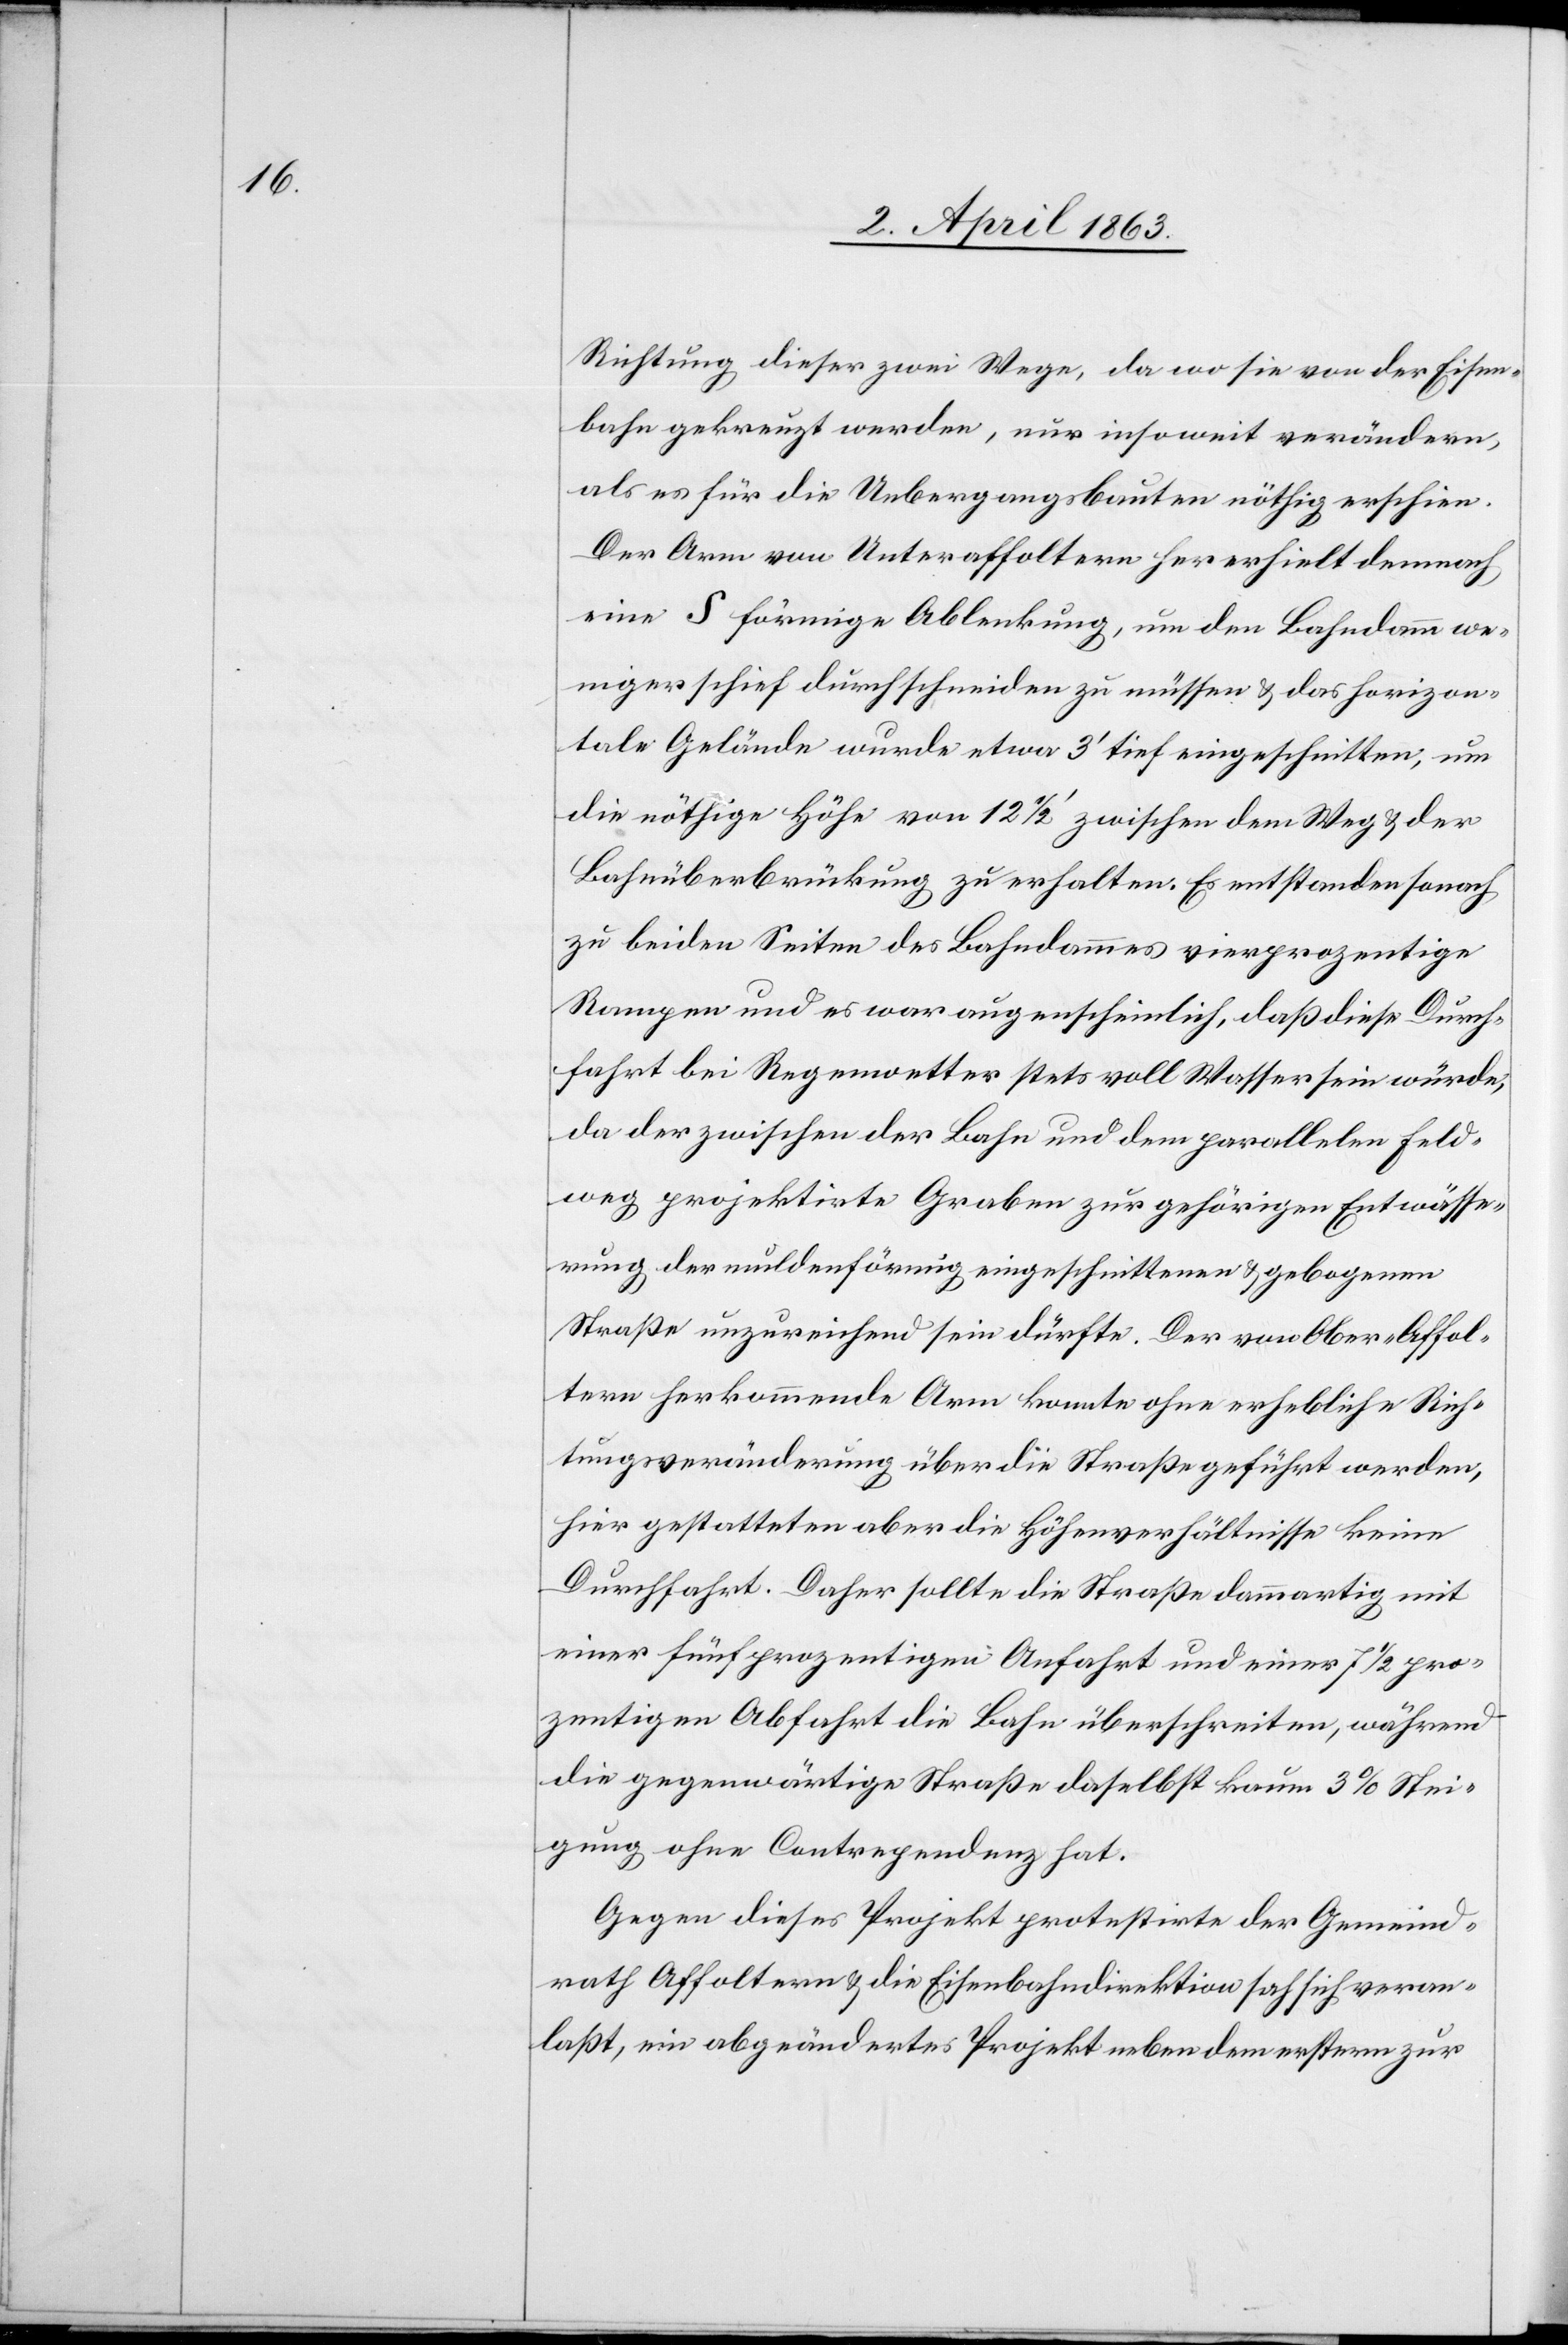
Richtung dieser zwei Wege, da wo sie von der Eisen¬
bahn gekreuzt werden, nur insoweit verändern,
als es für die Uebergangsbauten nöthig erschien.
Der Arm von Unteraffoltern her erhielt demnach
eine S förmige Ablenkung, um den Bahndamm we¬
niger schief durchschneiden zu müssen & das horizon¬
tale Gelände wurde etwa 3' tief eingeschnitten, um
die nöthige Höhe von 12 1/2' zwischen dem Weg & der
Bahnüberbrückung zu erhalten. Es entstanden sonach
zu beiden Seiten des Bahndammes vierprozentige
Rampen und es war augenscheinlich, daß diese Durch¬
fahrt bei Regenwetter stets voll Wasser sein würde,
da der zwischen der Bahn und dem parallelen Feld¬
weg projektirte Graben zur gehörigen Entwässe¬
rung der muldenförmig eingeschnittenen & gebogenen
Straße unzureichend sein dürfte. Der von Ober-Affol¬
tern her kommende Arm konnte ohne erhebliche Rich¬
tungsveränderung über die Straße geführt werden,
hier gestatteten aber die Höhenverhältnisse keine
Durchfahrt. Daher sollte die Straße dammartig mit
einer fünfprozentigen Anfahrt und einer 7 1/2 pro¬
zentigen Abfahrt die Bahn überschreiten, während
die gegenwärtige Straße daselbst kaum 3% Stei¬
gung ohne Contrependenz hat.
Gegen dieses Projekt protestirte der Gemeind¬
rath Affoltern & die Eisenbahndirektion sah sich veran¬
laßt, ein abgeändertes Projekt neben dem erstern zur